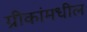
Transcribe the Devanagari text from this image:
ग्रीकांमधील